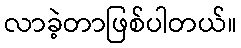
လာခဲ့တာဖြစ်ပါတယ်။